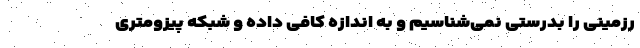
رزمینی را بدرستی نمی‌شناسیم و به اندازه کافی داده‌ و شبکه پیزومتری